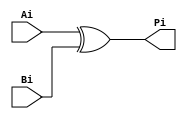
`timescale 1ns / 1ps
module BitwiseP(
		input Ai,
		input Bi,
		output Pi
    );

xor #0.1 (Pi,Ai,Bi);

endmodule